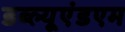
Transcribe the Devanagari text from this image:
डब्ल्यूएंडएम